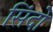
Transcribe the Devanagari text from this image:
सिंदो